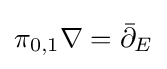
\pi _{0,1}\nabla ={\bar {\partial }}_{E}